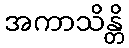
အကာသိန္တိ